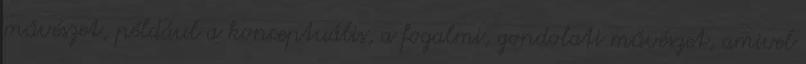
művészet, például a konceptuális, a fogalmi, gondolati művészet, amivel